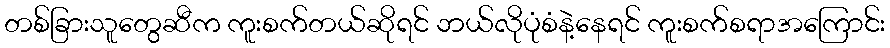
တစ်ခြားသူတွေဆီက ကူးစက်တယ်ဆိုရင် ဘယ်လိုပုံစံနဲ့နေရင် ကူးစက်စရာအကြောင်း